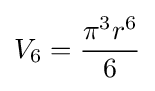
V_{6}={\frac {\pi ^{3}r^{6}}{6}}